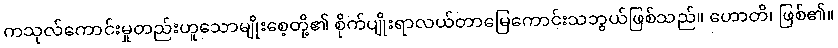
ကသုလ်ကောင်းမှုတည်းဟူသောမျိုးစေ့တို့၏ စိုက်ပျိုးရာလယ်တာမြေကောင်းသဘွယ်ဖြစ်သည်။ ဟောတိ၊ ဖြစ်၏။